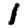
Digit: 1